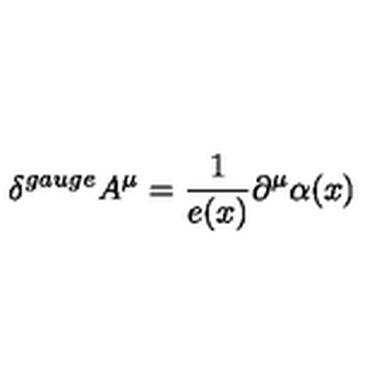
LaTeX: \delta ^ { g a u g e } A ^ { \mu } = \frac 1 { e ( x ) } \partial ^ { \mu } \alpha ( x ) \qquad